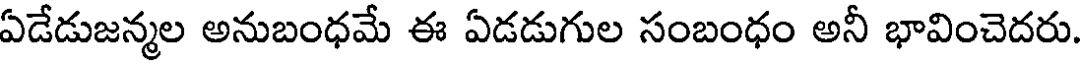
ఏడేడుజన్మల అనుబంధమే ఈ ఏడడుగుల సంబంధం అనీ భావించెదరు